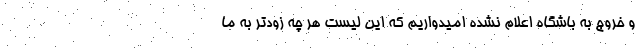
و خروج به باشگاه اعلام نشده امیدواریم که این لیست هر چه زودتر به ما